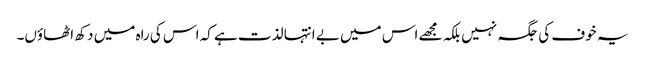
یہ خوف کی جگہ نہیں بلکہ مجھے اس میں بے انتہا لذت ہے کہ اس کی راہ میں دکھ اٹھاؤں۔